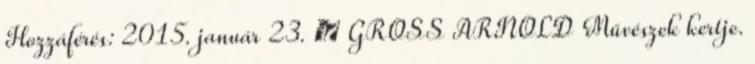
Hozzáférés: 2015. január 23. ↑ GROSS ARNOLD Művészek kertje.